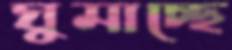
ঘুমাচ্ছে